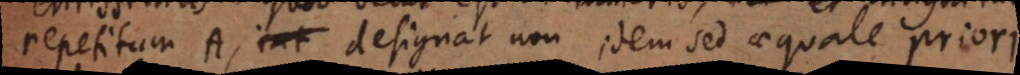
petitum A, designat non idem sed aequale priori.